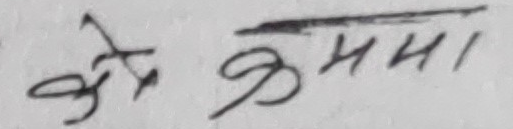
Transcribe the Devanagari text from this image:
के केमा